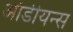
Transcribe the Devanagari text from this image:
ऑडीयन्स